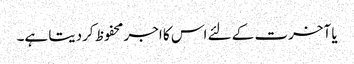
یا آخرت کے لئے اس کا اجر محفوظ کردیتا ہے۔